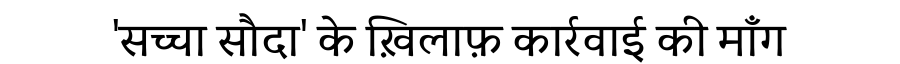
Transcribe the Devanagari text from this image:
'सच्चा सौदा' के ख़िलाफ़ कार्रवाई की माँग